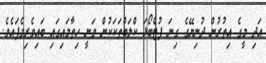
އަދި މީގެ އިތުރުން ދުނިޔޭގެ ގިނަ ފުޓްބޯޅަ ކްލަބްތަކަކުން ވަނީ ހިތާމައިގައި ބައިވެރިވެފައެވެ.